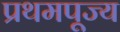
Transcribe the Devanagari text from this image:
प्रथमपूज्य